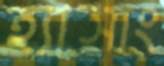
হ্যাসাং